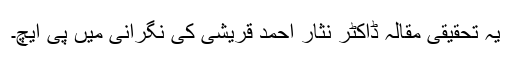
یہ تحقیقی مقالہ ڈاکٹر نثار احمد قریشی کی نگرانی میں پی ایچ۔